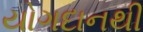
યોગદાનથી